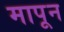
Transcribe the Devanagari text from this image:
मापून